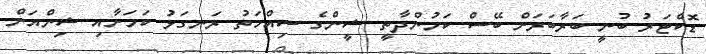
ޑޮކްޓަރު ބުނީ ބަރާބަރަށް ބޭސް ކަމުންދާތީ ޝީންގެ ސިއްހަތު ރަނގަޅު ކަމަށާއި ޝިންއަށް